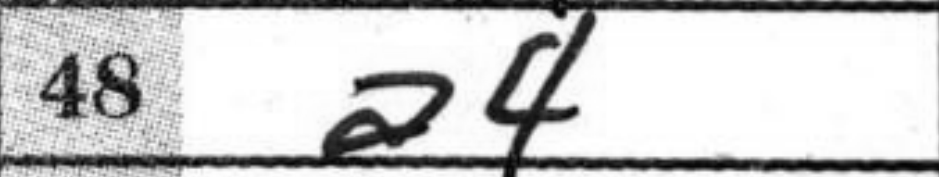
Transcription: a4